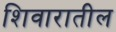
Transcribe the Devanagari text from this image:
शिवारातील